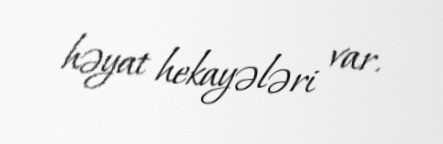
həyat hekayələri var.